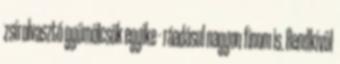
zsírolvasztó gyümölcsök egyike - ráadásul nagyon finom is. Rendkívül